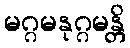
မဂ္ဂမနုဂ္ဂမန္တိ